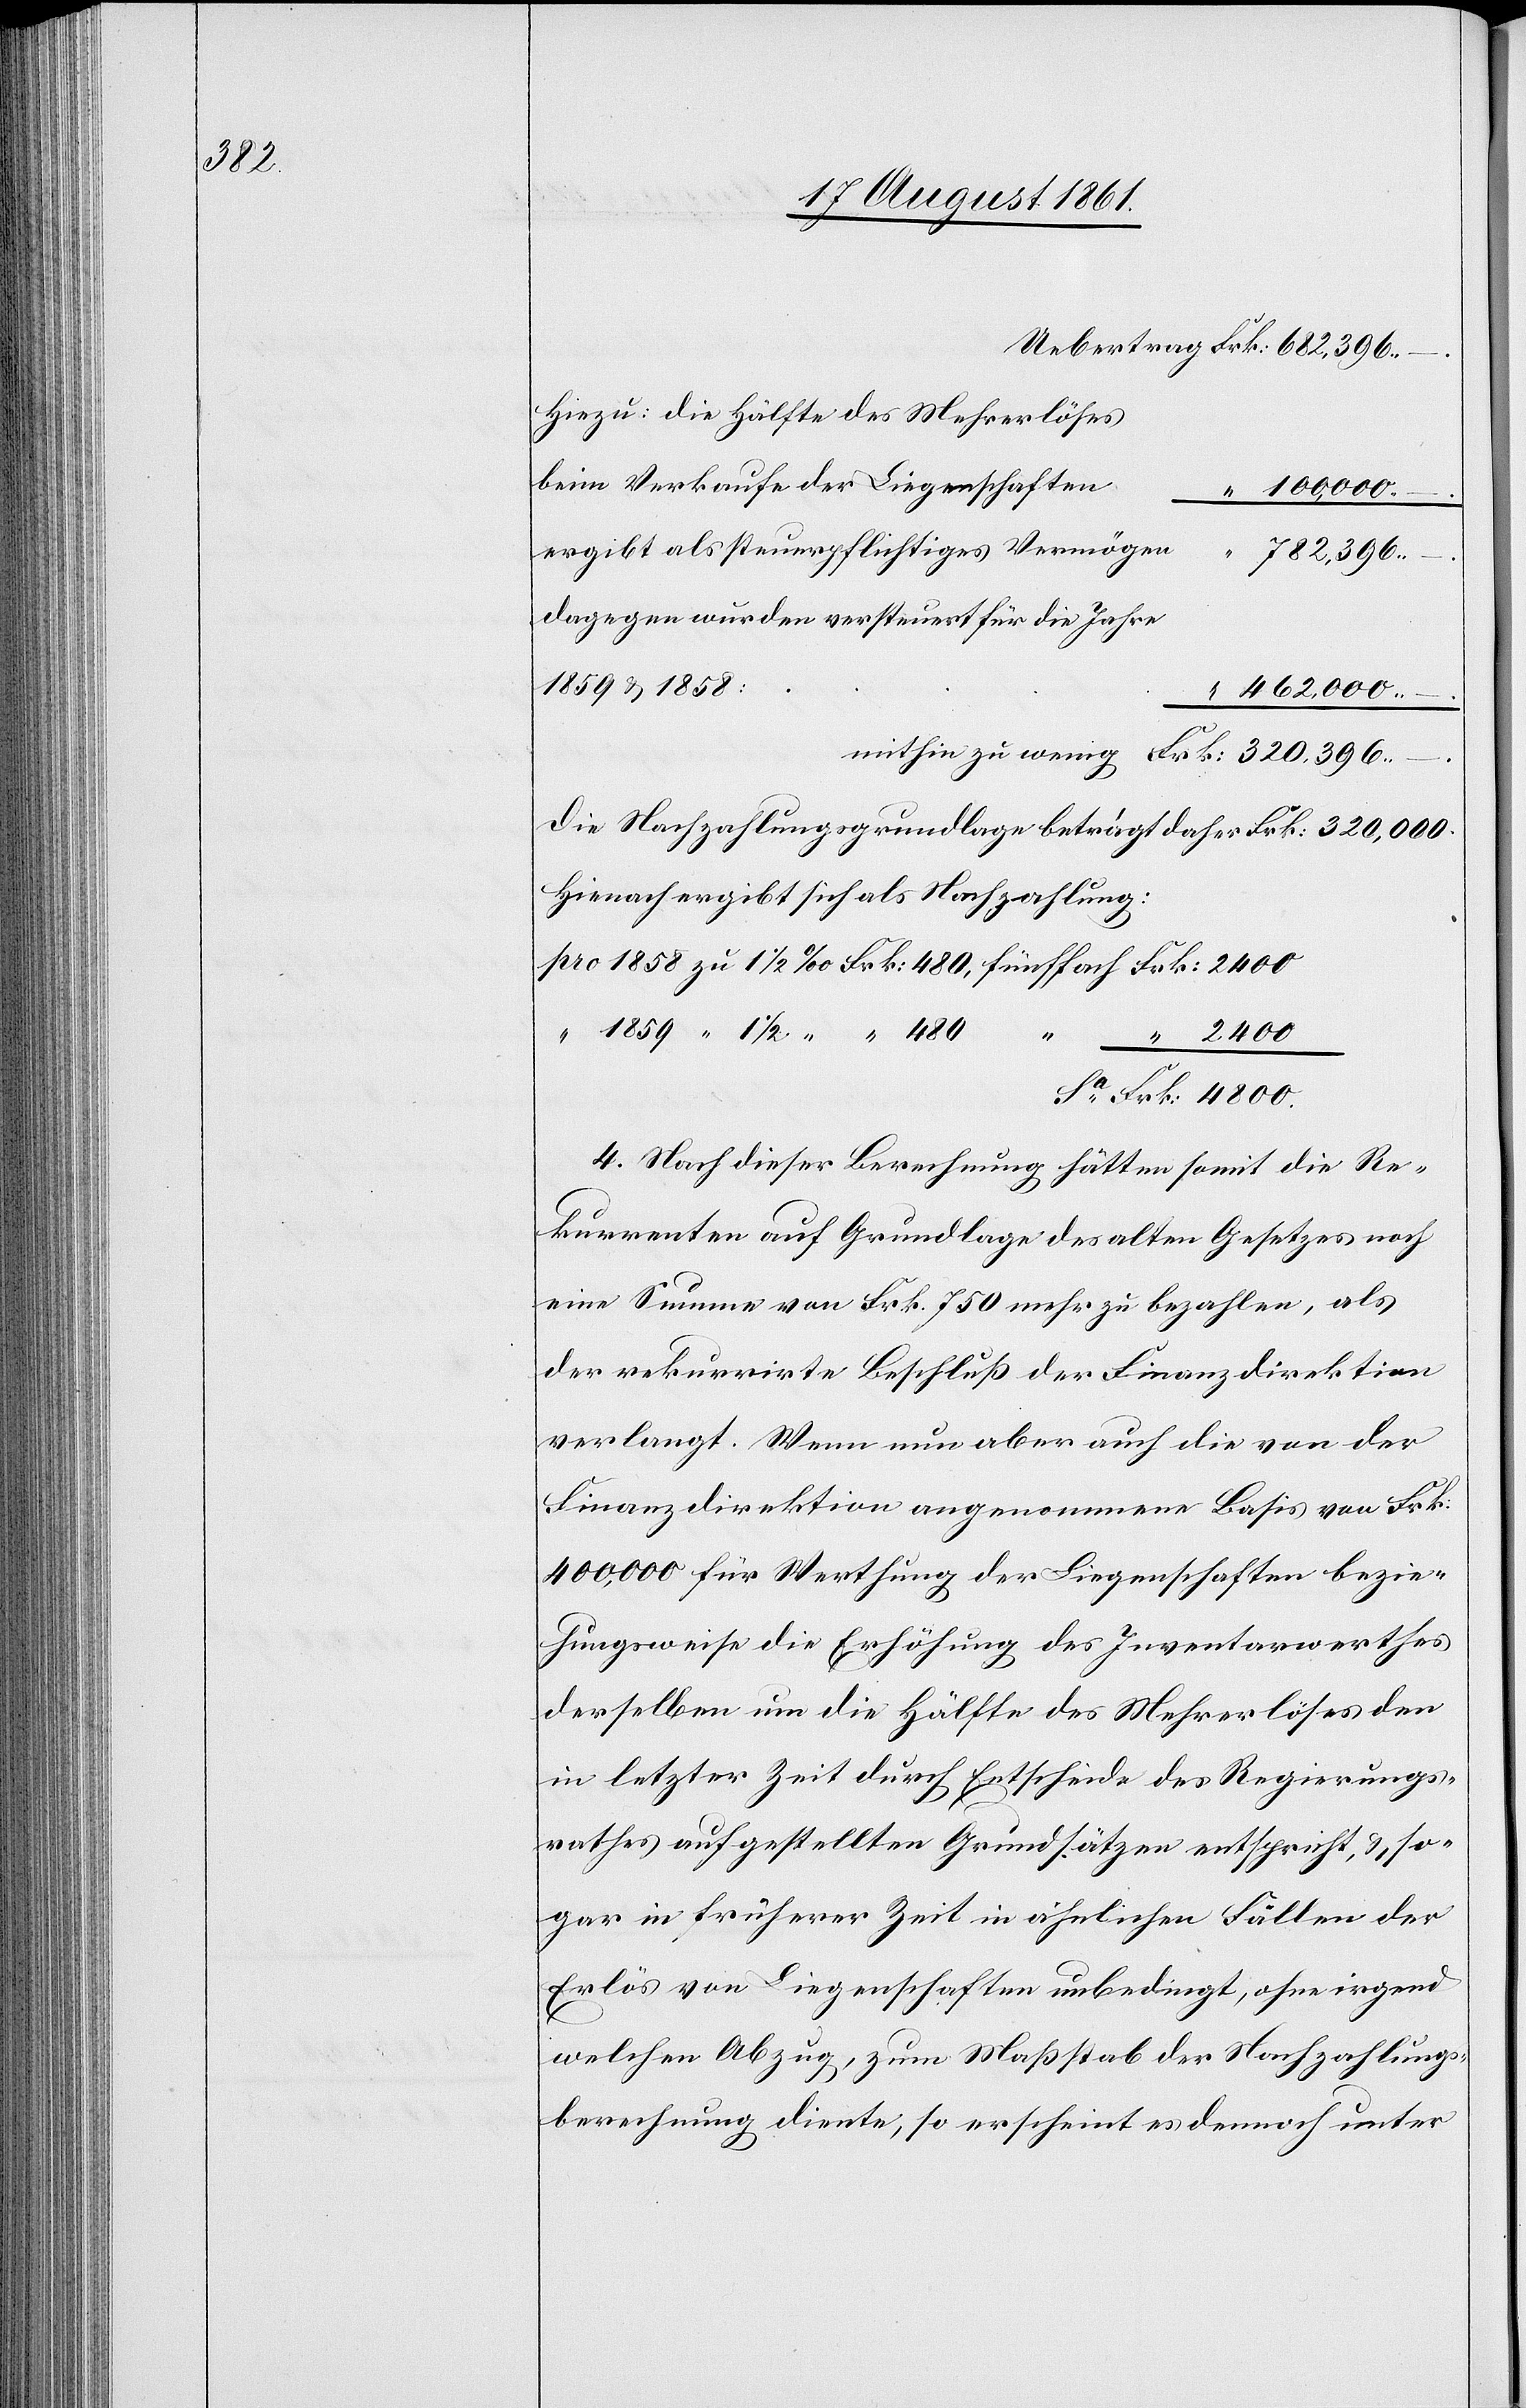
hiezu die Hälfte des Mehrerlöses
beim Verkaufe der Liegenschafte¬
100,000.–
ergibt als steuerpflichtiges Vermögen						“ 782,396.–
dagegen wurden versteuert für die Jahre
462,000.–
mithin zu wenig	Frk. 320,396.–
Die Nachzahlungsgrundlage beträgt daher Frk. 320,000.
Hienach ergibt sich als Nachzahlung:
pro 1858 zu 1 1/2 ‰ Frk. 480, fünffach Frk. 2400
Sa. Frk. 4800.
4. Nach dieser Berechnung hätten somit die Re¬
kurrenten auf Grundlage des alten Gesetzes noch
eine Summe von Frk. 750 mehr zu bezahlen, als
der rekurrirte Beschluß der Finanzdirektion
verlangt. Wenn nun aber auch die von der
Finanzdirektion angenommene Basis von Frk.
400,000 für Werthung der Liegenschaften bezie¬
hungsweise die Erhöhung des Inventarwerthes
derselben um die Hälfte des Mehrerlöses den
in letzter Zeit durch Entscheide des Regierungs¬
rathes aufgestellten Grundsätzen entspricht, u. so¬
gar in früherer Zeit in ähnlichen Fällen der
Erlös von Liegenschaften unbedingt, ohne irgend
welchen Abzug, zum Maßstab der Nachzahlungs¬
berechnung diente, so erscheint es dennoch unter